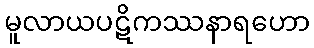
မူလာယပဋိကဿနာရဟော